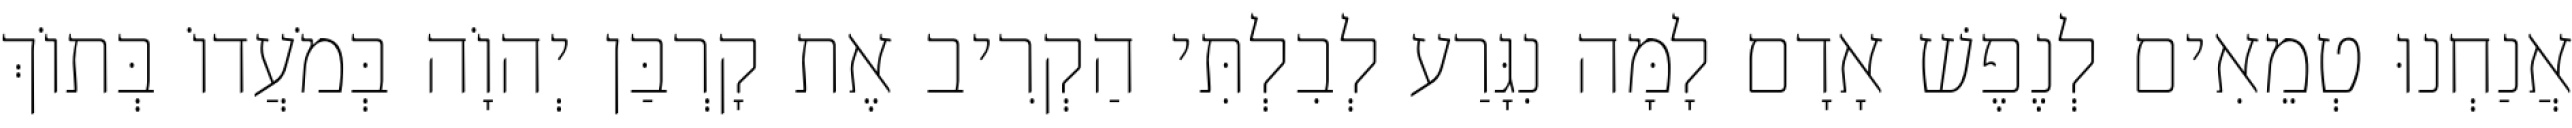
אֲנַחְנוּ טְמֵאִים לְנֶפֶשׁ אָדָם לָמָּה נִגָּרַע לְבִלְתִּי הַקְרִיב אֶת קָרְבַּן יְהוָֹה בְּמֹעֲדוֹ בְּתוֹךְ